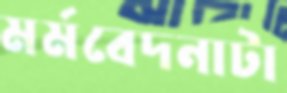
মর্মবেদনাটা